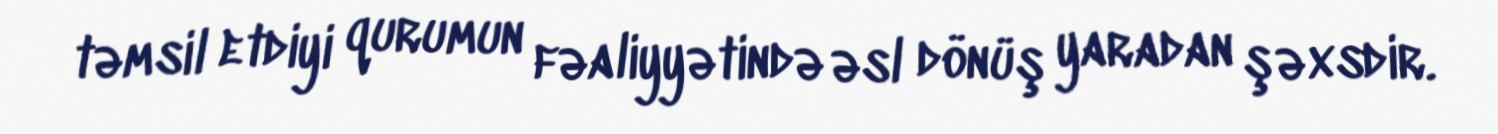
təmsil etdiyi qurumun fəaliyyətində əsl dönüş yaradan şəxsdir.